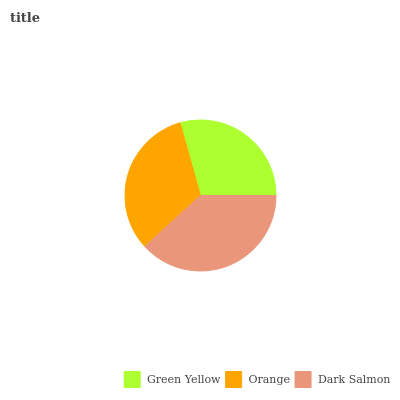
| Green Yellow | Orange | Dark Salmon |
 | --- | --- | --- |
 | 29.4% | 32.4% | 38.2% |